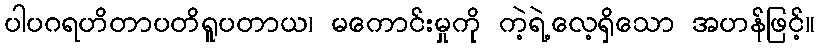
ပါပဂရဟိတာပတိရူပတာယ၊ မကောင်းမှုကို ကဲ့ရဲ့လေ့ရှိသော အဟန်ဖြင့်။